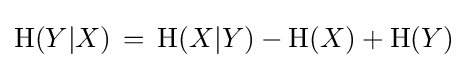
\mathrm {H} (Y|X)\,=\,\mathrm {H} (X|Y)-\mathrm {H} (X)+\mathrm {H} (Y)